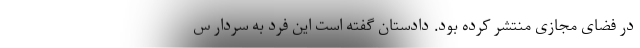
در فضای مجازی منتشر کرده بود. دادستان گفته است این فرد به سردار س